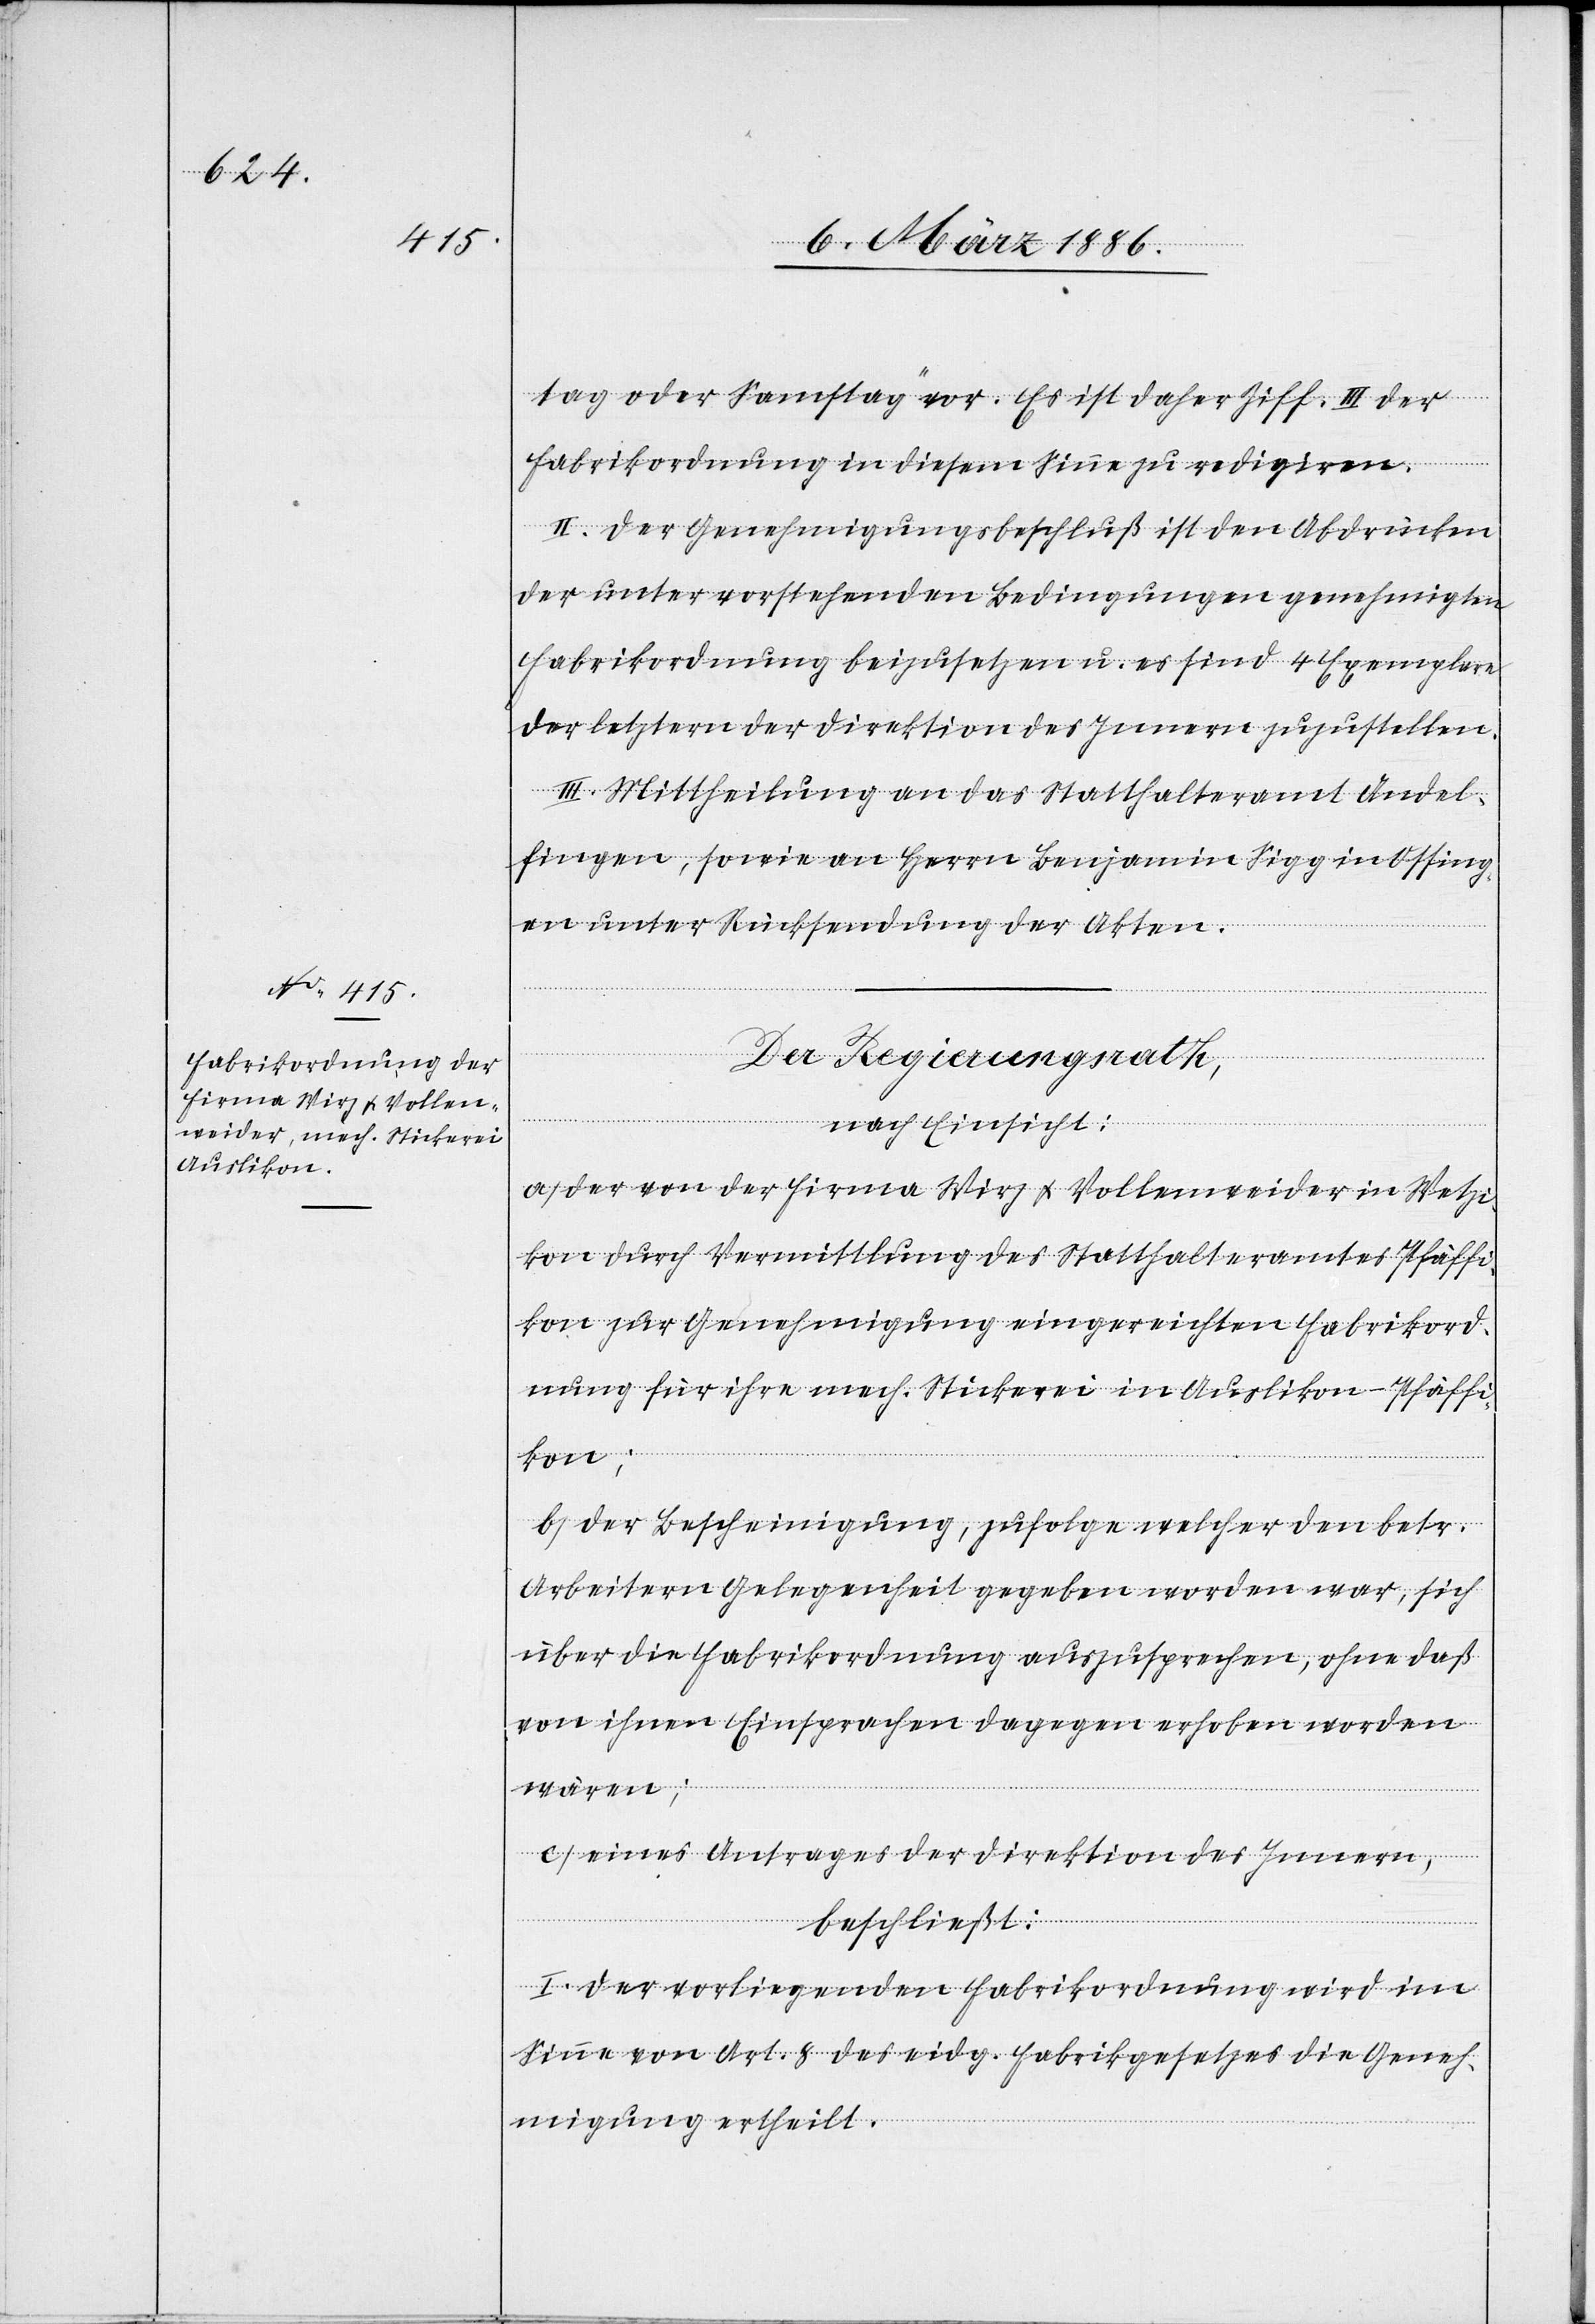
tag oder Samstag“ vor. Es ist daher Ziff. III der
Fabrikordnung in diesem Sinne zu redigiren.
II. Der Genehmigungsbeschluß ist den Abdrücken
der unter vorstehenden Bedingungen genehmigten
Fabrikordnung beizusetzen u. es sind 4 Exemplare
der letztern der Direktion des Innern zuzustellen.
III. Mittheilung an das Statthalteramt Andel¬
fingen, sowie an Herrn Benjamin Sigg in Ossing¬
en unter Rücksendung der Akten.
Der Regierungsrath,
nach Einsicht:
a) Der von der Firma Wirz & Vollenweider in Wetzi¬
kon durch Vermittlung des Statthalteramtes Pfäffi¬
kon zur Genehmigung eingereichten Fabrikord¬
nung für ihre mech. Stickerei in Auslikon - Pfäffi¬
kon;
b) Der Bescheinigung, zufolge welcher den betr.
Arbeitern Gelegenheit gegeben worden war, sich
über die Fabrikordnung auszusprechen, ohne daß
von ihnen Einsprachen dagegen erhoben worden
wären;
c) Eines Antrages der Direktion des Innern,
beschließt:
I. Der vorliegenden Fabrikordnung wird im
Sinne von Art. 8 des eidg. Fabrikgesetzes die Geneh¬
migung ertheilt.